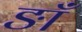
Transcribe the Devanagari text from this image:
ङाँ